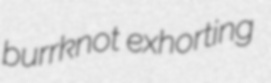
burrknot exhorting